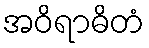
အဝိရာဓိတံ